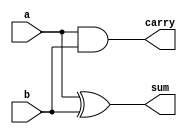
module Half_Adder(a,b,sum,carry);

input  a,b;
output sum,carry;

assign sum = a^b;
assign carry = a&b;

endmodule